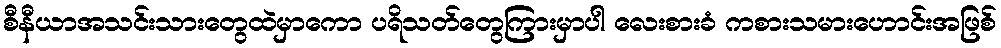
စီနီယာအသင်းသားတွေထဲမှာကော ပရိသတ်တွေကြားမှာပါ လေးစားခံ ကစားသမားဟောင်းအဖြစ်